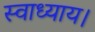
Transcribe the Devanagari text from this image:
स्वाध्याय।